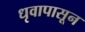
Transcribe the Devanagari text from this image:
धृवापासून